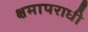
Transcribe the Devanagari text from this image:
क्षमापराधी